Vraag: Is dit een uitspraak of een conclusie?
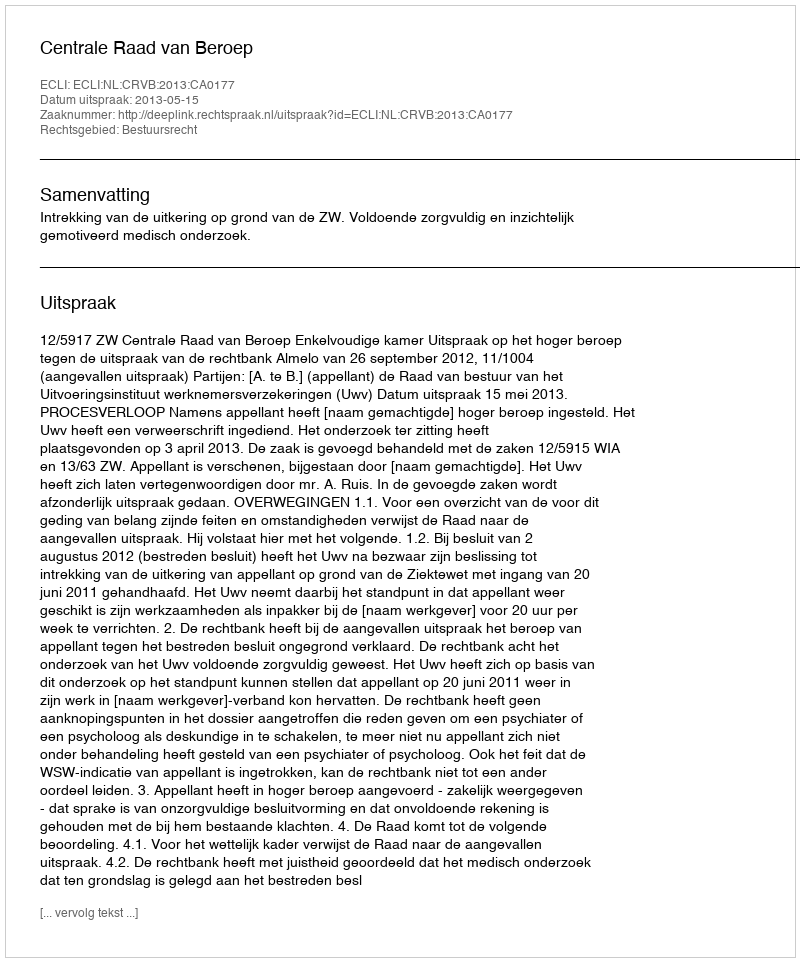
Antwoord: Uitspraak